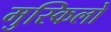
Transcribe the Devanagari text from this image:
मुस्किलो